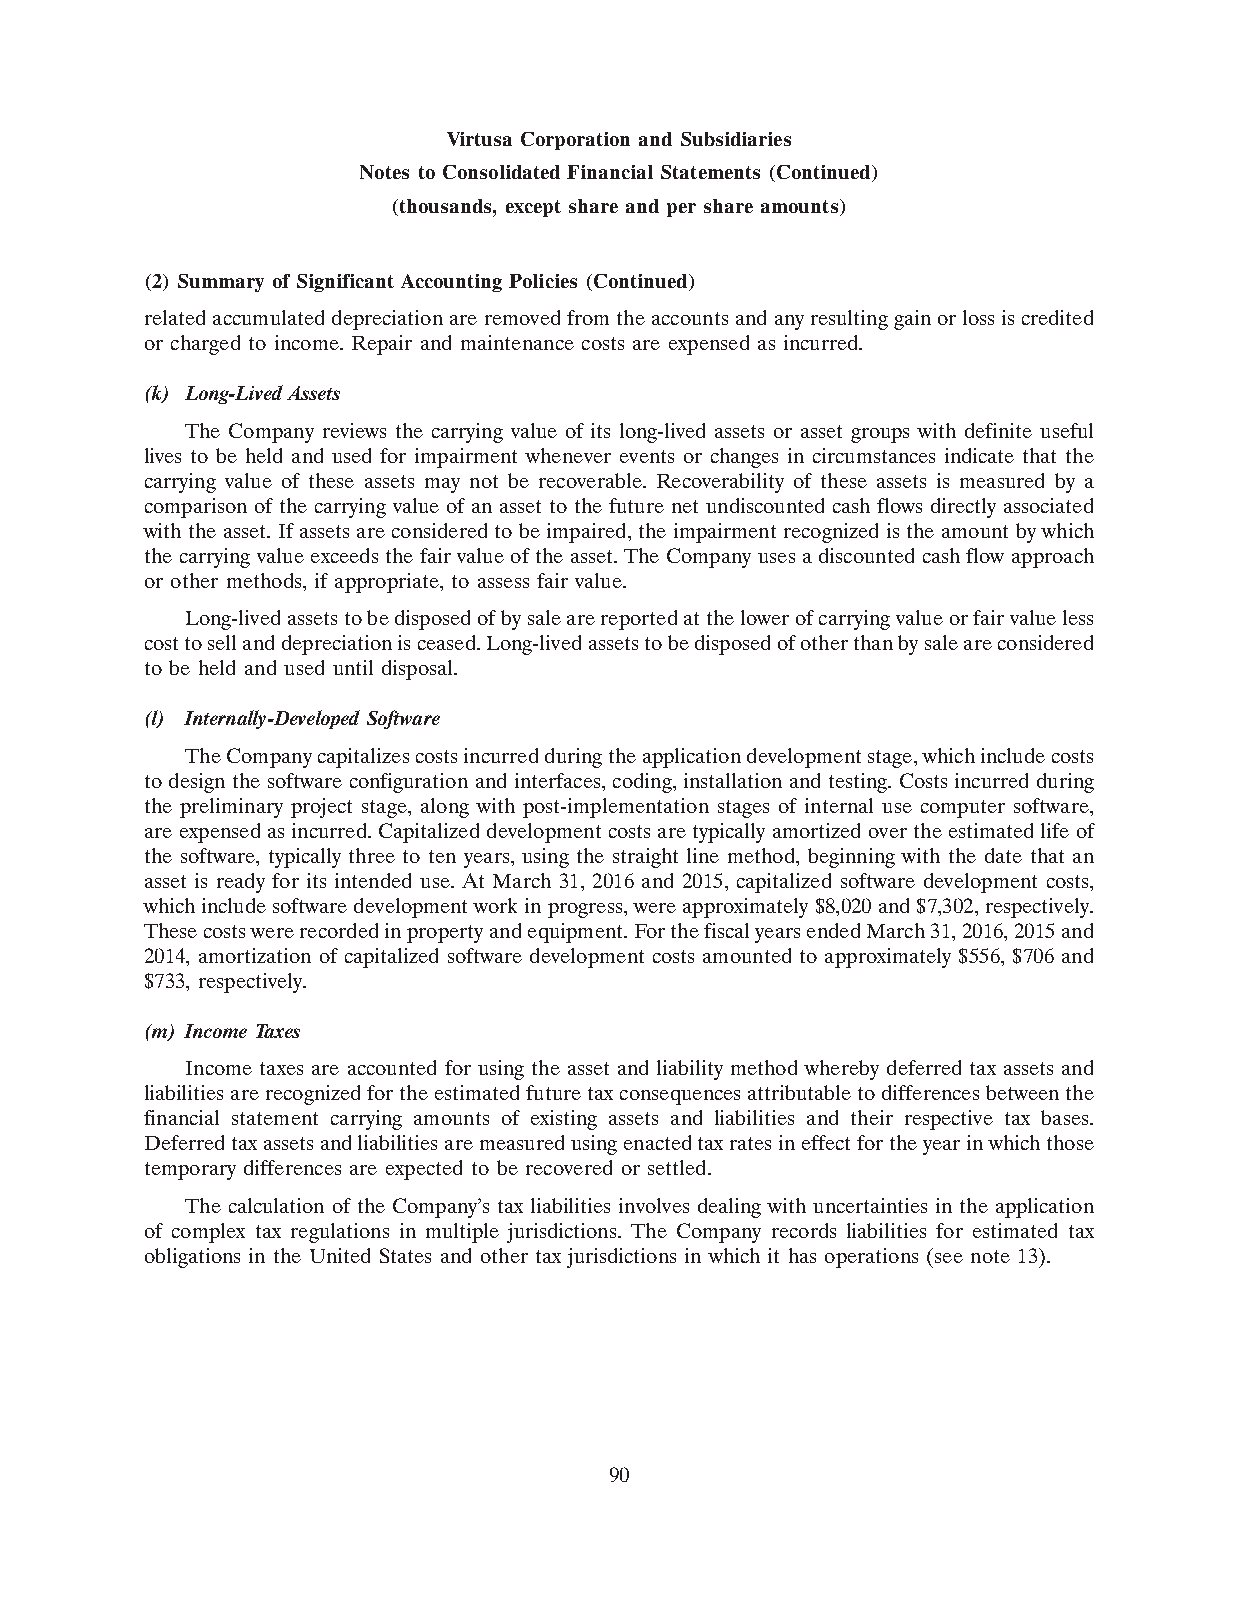
Virtusa Corporation and Subsidiaries
 Notes to Consolidated Financial Statements (Continued)
 (thousands, except share and per share amounts)
 (2) Summary of Significant Accounting Policies (Continued)
 related accumulated depreciation are removed from the accounts and any resulting gain or loss is credited
 or charged to income. Repair and maintenance costs are expensed as incurred.
 (k) Long-Lived Assets
 The Company reviews the carrying value of its long-lived assets or asset groups with definite useful
 lives to be held and used for impairment whenever events or changes in circumstances indicate that the
 carrying value of these assets may not be recoverable. Recoverability of these assets is measured by a
 comparison of the carrying value of an asset to the future net undiscounted cash flows directly associated
 with the asset. If assets are considered to be impaired, the impairment recognized is the amount by which
 the carrying value exceeds the fair value of the asset. The Company uses a discounted cash flow approach
 or other methods, if appropriate, to assess fair value.
 Long-lived assets to be disposed of by sale are reported at the lower of carrying value or fair value less
 cost to sell and depreciation is ceased. Long-lived assets to be disposed of other than by sale are considered
 to be held and used until disposal.
 (l) Internally-Developed Software
 The Company capitalizes costs incurred during the application development stage, which include costs
 to design the software configuration and interfaces, coding, installation and testing. Costs incurred during
 the preliminary project stage, along with post-implementation stages of internal use computer software,
 are expensed as incurred. Capitalized development costs are typically amortized over the estimated life of
 the software, typically three to ten years, using the straight line method, beginning with the date that an
 asset is ready for its intended use. At March 31, 2016 and 2015, capitalized software development costs,
 which include software development work in progress, were approximately $8,020 and $7,302, respectively.
 These costs were recorded in property and equipment. For the fiscal years ended March 31, 2016, 2015 and
 2014, amortization of capitalized software development costs amounted to approximately $556, $706 and
 $733, respectively.
 (m) Income Taxes
 Income taxes are accounted for using the asset and liability method whereby deferred tax assets and
 liabilities are recognized for the estimated future tax consequences attributable to differences between the
 financial statement carrying amounts of existing assets and liabilities and their respective tax bases.
 Deferred tax assets and liabilities are measured using enacted tax rates in effect for the year in which those
 temporary differences are expected to be recovered or settled.
 The calculation of the Company’s tax liabilities involves dealing with uncertainties in the application
 of complex tax regulations in multiple jurisdictions. The Company records liabilities for estimated tax
 obligations in the United States and other tax jurisdictions in which it has operations (see note 13).
 90